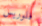
فلوريس